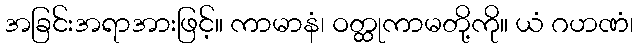
အခြင်းအရာအားဖြင့်။ ကာမာနံ၊ ဝတ္ထုကာမတို့ကို။ ယံ ဂဟဏံ၊